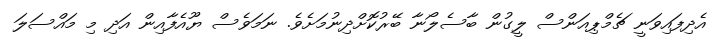
އެދިފައިވަނީ ޗެމްޕިއަންސް ލީގުން ބާސެލޯނާ ބޭރުކޮށްދިނުމަަށެވެ. ނަމަވެސް ޔޫއެފާއިން އަދި މި މައްސަލަ